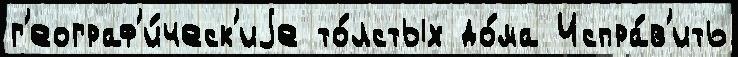
г'еограф'и́ческ'иjе то́лстых до́ма Испра́в'ить